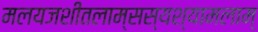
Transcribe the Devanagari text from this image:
मलयजशीतलाम्सस्यश्यामलाम्